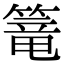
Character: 篭